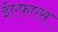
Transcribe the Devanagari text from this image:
ईएफएस